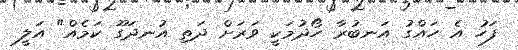
ފަހު އެ ހައްގު އަނބުރާ ހޯދުމަކީ ވަރަށް ދަތި އުނދަގޫ ކަމެއް" އަލީ